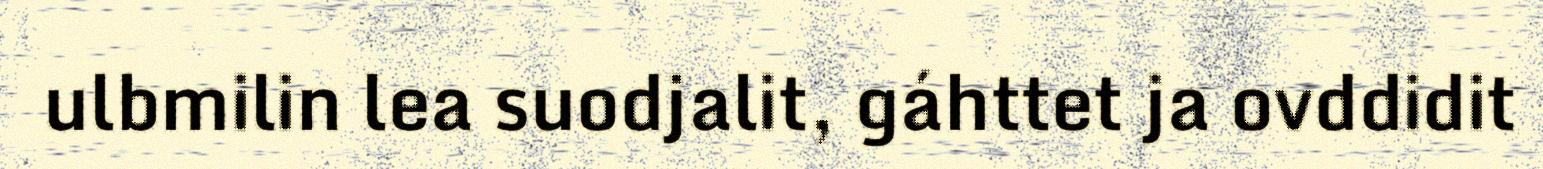
ulbmilin lea suodjalit, gáhttet ja ovddidit